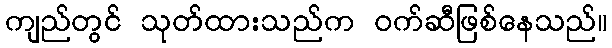
ကျည်တွင် သုတ်ထားသည်က ဝက်ဆီဖြစ်နေသည်။